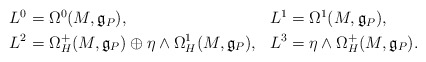
\begin{align*}\begin{aligned} L^0 &= \Omega^0(M,\mathfrak{g}_P), & L^1 &= \Omega^1(M,\mathfrak{g}_P), \\ L^2 &= \Omega^{+}_{H}(M,\mathfrak{g}_P) \oplus \eta \wedge \Omega^1_H(M,\mathfrak{g}_P), & L^3 &= \eta \wedge \Omega^{+}_{H}(M,\mathfrak{g}_P).\end{aligned}\end{align*}